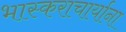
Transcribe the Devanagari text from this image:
भास्कराचार्याना